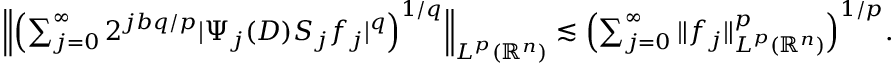
\begin{array} { r } { \Big \| \Big ( { \sum _ { j = 0 } ^ { \infty } 2 ^ { j b q / p } | \Psi _ { j } ( D ) S _ { j } f _ { j } | ^ { q } } \Big ) ^ { 1 / q } \Big \| _ { L ^ { p } ( \mathbb { R } ^ { n } ) } \lesssim \Big ( { \sum _ { j = 0 } ^ { \infty } \| f _ { j } \| _ { L ^ { p } ( \mathbb { R } ^ { n } ) } ^ { p } } \Big ) ^ { 1 / p } . } \end{array}